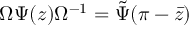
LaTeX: \Omega \Psi ( z ) \Omega ^ { - 1 } = \tilde { \Psi } ( \pi - \bar { z } )